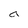
Character: a